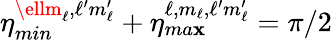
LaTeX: \eta_{min}^{\ellm_{\ell},\ell^{\prime}m_{\ell}^{\prime}}+\eta_{ma\mathbf{x}}^{\ell,m_{\ell},\ell^{\prime}m_{\ell}^{\prime}}=\pi/2